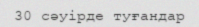
30 сәуірде туғандар